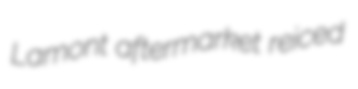
Lamont aftermarket reiced